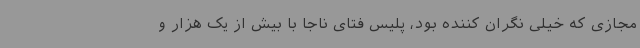
مجازی که خیلی نگران کننده بود، پلیس فتای ناجا با بیش از یک هزار و